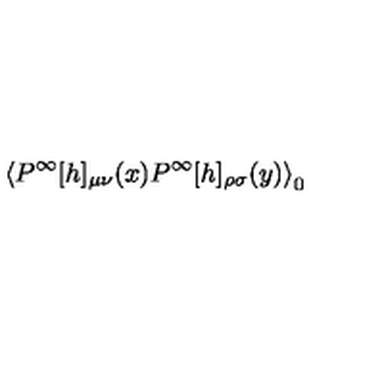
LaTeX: \left< P ^ { \infty } [ h ] _ { \mu \nu } ( x ) P ^ { \infty } [ h ] _ { \rho \sigma } ( y ) \right> _ { 0 }